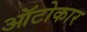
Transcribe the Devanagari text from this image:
ऑटोकार